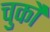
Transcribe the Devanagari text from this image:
चुकौ